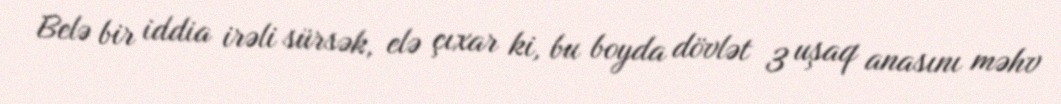
Belə bir iddia irəli sürsək, elə çıxar ki, bu boyda dövlət 3 uşaq anasını məhv